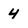
Character: 4